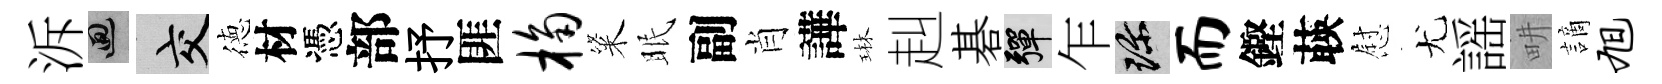
泝回交徳材憑部抒匪桷粢眠副肖譁琳赳碁彈乍珍而鏗𦴤慰尤謡畊謫旭